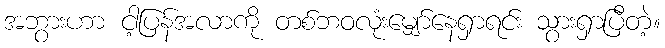
အဘွားဟာ ငါ့ပြန်အလာကို တစ်ဘဝလုံးမျှော်နေရှာရင်း သွားရှာပြီတဲ့။